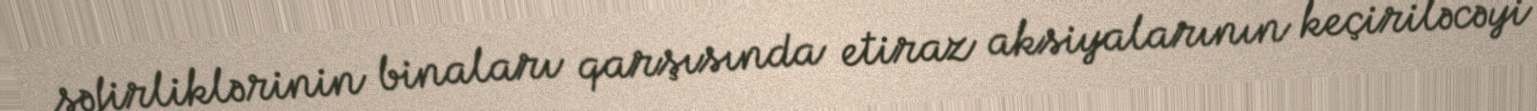
səfirliklərinin binaları qarşısında etiraz aksiyalarının keçiriləcəyi